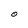
Character: O